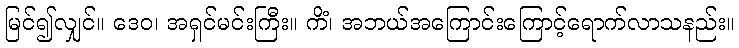
မြင်၍လျှင်။ ဒေဝ၊ အရှင်မင်းကြီး။ ကိံ၊ အဘယ်အကြောင်းကြောင့်ရောက်လာသနည်း။